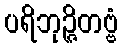
ပရိဘုဉ္ဇိတဗ္ဗံ